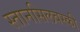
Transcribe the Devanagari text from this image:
स्तानसिलवस्की